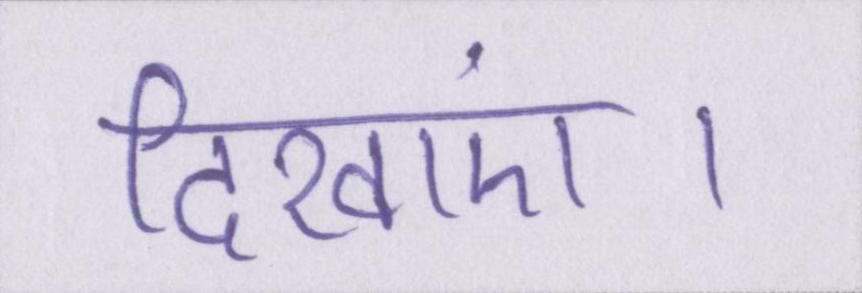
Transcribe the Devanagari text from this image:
दिखाएं।